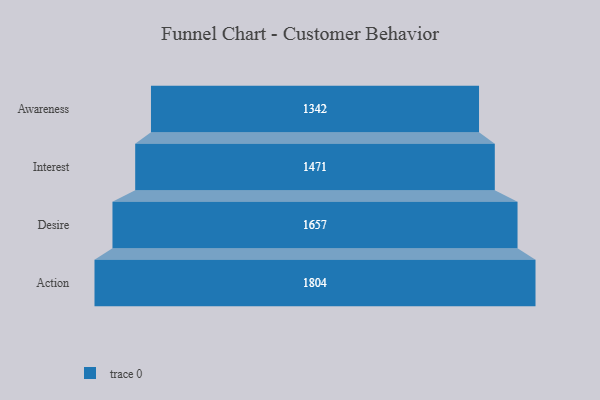
{"axis": {"x": "Stage", "y": "Value"}, "legend": [""], "data": [{"x": "Awareness", "y": 1342.0, "type": ""}, {"x": "Interest", "y": 1471.0, "type": ""}, {"x": "Desire", "y": 1657.0, "type": ""}, {"x": "Action", "y": 1804.0, "type": ""}]}